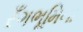
રઁગભૂમિના